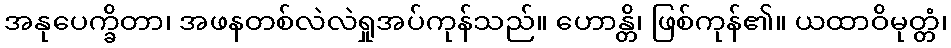
အနုပေက္ခိတာ၊ အဖနတစ်လဲလဲရှုအပ်ကုန်သည်။ ဟောန္တိ၊ ဖြစ်ကုန်၏။ ယထာဝိမုတ္တံ၊